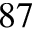
^ { 8 7 }